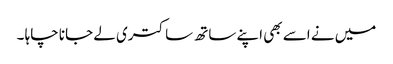
میں نے اسے بھی اپنے ساتھ ساکتری لے جانا چاہا ۔